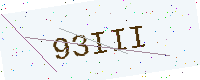
Text: 93III